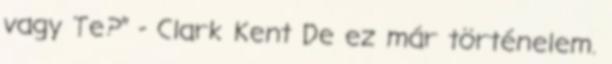
vagy Te?” - Clark Kent De ez már történelem.